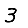
Digit: 3